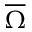
\overline { \Omega }